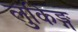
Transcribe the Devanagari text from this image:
लुकिङ्ग